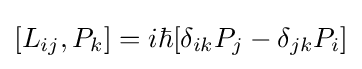
[L_{ij},P_{k}]=i\hbar [\delta _{ik}P_{j}-\delta _{jk}P_{i}]